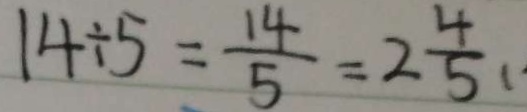
1 4 \div 5 = \frac { 1 4 } { 5 } = 2 \frac { 4 } { 5 } (